Hæmogregarina gerbilli - Number 18
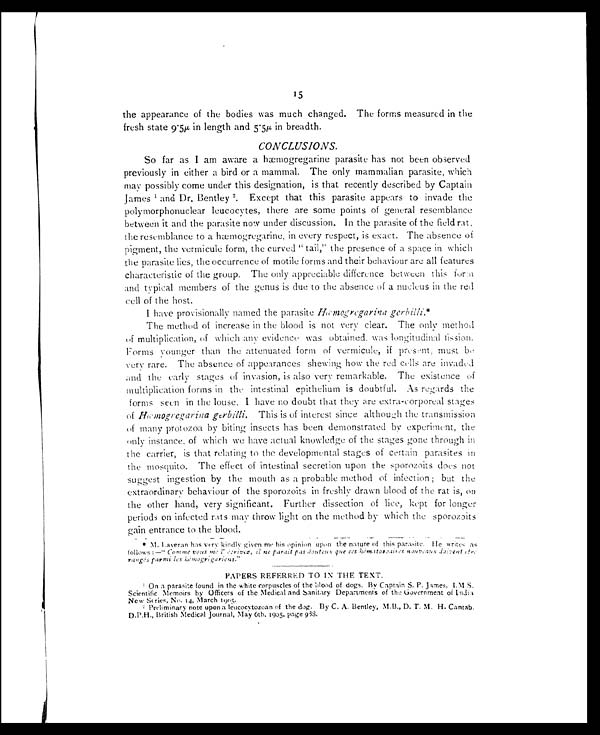
15
the appearance of the bodies was much changed. The forms measured in the
fresh state 9.5µ in length and 5.5μ in breadth.
CONCLUSIONS.
So far as I am aware a hæmogregarine parasite has not been observed
previously in either a bird or a mammal. The only mammalian parasite, which
may possibly come under this designation, is that recently described by Captain
James 1 and Dr. Bentley 2. Except that this parasite appears to invade the
polymorphonuclear leucocytes, there are some points of general resemblance
between it and the parasite now under discussion. In the parasite of the field rat,
the resemblance to a hæmogregarine, in every respect, is exact. The absence of
pigment, the vermicule form, the curved "tail," the presence of a space in which
the parasite lies, the occurrence of motile forms and their behaviour are all features
characteristic of the group. The only appreciable difference between this form
and typical members of the genus is due to the absence of a nucleus in the red
cell of the host.
I have provisionally named the parasite Hæmogregarina gerbilli.*
The method of increase in the blood is not very clear. The only method
of multiplication, of which any evidence was obtained, was longitudinal fission.
Forms younger than the attenuated form of vermicule, if present, must be
very rare. The absence of appearances shewing how the red cells are invaded
and the early stages of invasion, is also very remarkable. The existence of
multiplication forms in the intestinal epithelium is doubtful. As regards the
forms seen in the louse. I have no doubt that they are extra-corporeal stages
of Hæmogregarina gerbilli. This is of interest since although the transmission
of many protozoa by biting insects has been demonstrated by experiment, the
only instance, of which we have actual knowledge of the stages gone through in
the carrier, is that relating to the developmental stages of certain parasites in
the mosquito. The effect of intestinal secretion upon the sporozoits does not
suggest ingestion by the mouth as a probable method of infection ; but the
extraordinary behaviour of the sporozoits in freshly drawn blood of the rat is, on
the other hand, very significant. Further dissection of lice, kept for longer
periods on infected rats may throw light on the method by which the sporozoits
gain entrance to the blood.
* M. Laveran has very kindly given me his opinion upon the nature of this parasite. He writes as
follows:— "Comme vous me l' eerives, il ne parait pas douteux que ces hématosoaires nouveaux doivent etr
e rangés parmi les hémogrègariens."
PAPERS REFERRED TO IN THE TEXT.
1 On a parasite found in the white corpuscles of the blood of dogs. By Captain S. P. James,
I.M.S. Scientific Memoirs by Officers of the Medical and Sanitary Departments of the Government of India
New Series, No. 14, March 1905.
2 Preliminary note upon a leucocytozoan of the dog. By C. A. Bentley, M.B., D. T. M. H. Cantab.
D.P.H., British Medical Journal, May 6th, 1905, page 988.